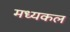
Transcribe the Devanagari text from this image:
मध्यकल